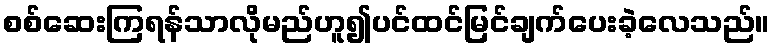
စစ်ဆေးကြရန်သာလိုမည်ဟူ၍ပင်ထင်မြင်ချက်ပေးခဲ့လေသည်။